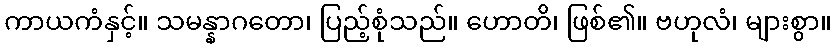
ကာယကံနှင့်။ သမန္နာဂတော၊ ပြည့်စုံသည်။ ဟောတိ၊ ဖြစ်၏။ ဗဟုလံ၊ များစွာ။